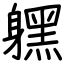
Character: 𨊂